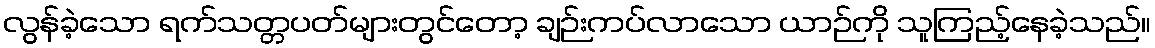
လွန်ခဲ့သော ရက်သတ္တပတ်များတွင်တော့ ချဉ်းကပ်လာသော ယာဉ်ကို သူကြည့်နေခဲ့သည်။